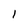
Character: l